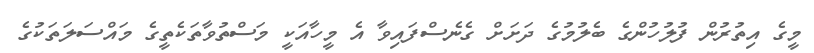
މީގެ އިތުރުން ފުލުހުންގެ ބެލުމުގެ ދަށަށް ގެނެސްފައިވާ އެ މީހާއަކީ މަސްތުވާތަކެތީގެ މައްސަލަތަކުގެ